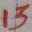
Text: 13